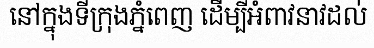
នៅក្នុងទីក្រុងភ្នំពេញ ដើម្បីអំពាវនាវដល់